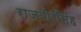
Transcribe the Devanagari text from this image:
राजबीरसिंह